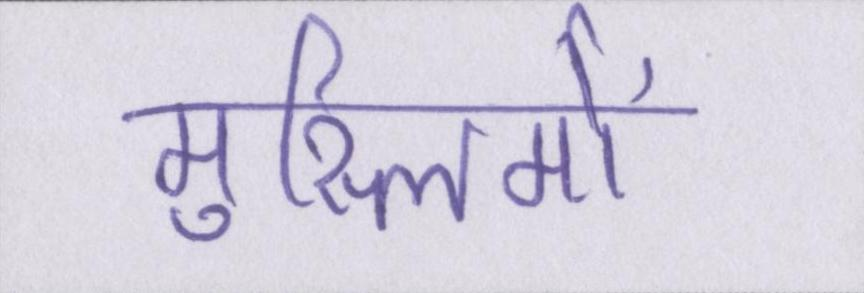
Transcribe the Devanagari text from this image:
मुस्लिमों